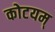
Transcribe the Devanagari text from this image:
कोटयम्